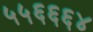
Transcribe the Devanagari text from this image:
५५६६६४